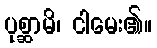
ပုစ္ဆာမိ၊ ငါမေး၏။